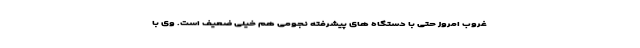
غروب امروز حتی با دستگاه های پیشرفته نجومی هم خیلی ضعیف است. وی با